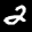
Label: 2